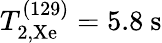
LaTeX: T_{2,\mathrm{Xe}}^{(129)}=5.8~\mathrm{s}